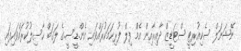
ނޭޝަނަލް ސެކިއުރިޓީ ސްޓަޑީޒް ދާއިރާއިން އެމް ފިލް ފުރިހަމަކުރައްވައި އެން.ޑީ.ސީ.ގެ ލަޤަބް ހާސިލުކުރައްވައިފައި